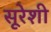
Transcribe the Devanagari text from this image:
सूरेशी